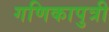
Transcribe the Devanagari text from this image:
गणिकापुत्री